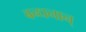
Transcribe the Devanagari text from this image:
बन्धनान्